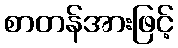
စာတန်အားဖြင့်